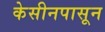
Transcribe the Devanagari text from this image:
केसीनपासून